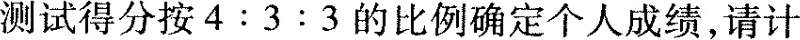
测试得分按 4 ：3 ：3 的比例确定个人成绩，请计